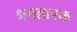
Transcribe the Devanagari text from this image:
श्रमहारक